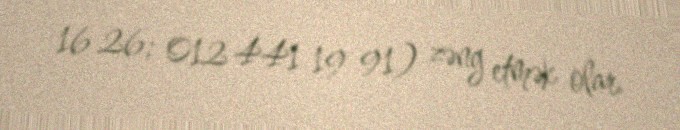
16 26; 012 441 19 91) zəng etmək olar.